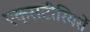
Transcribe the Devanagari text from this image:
एक्सटीरियरों